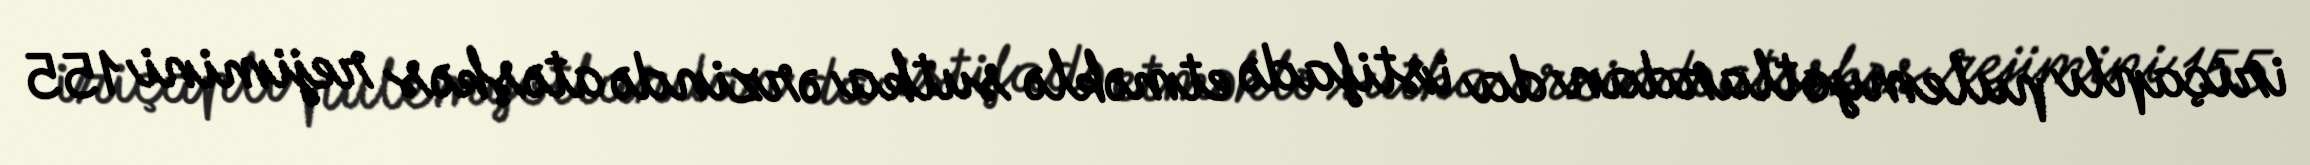
iriçaplı pulemyotlardan da istifadə etməklə sutka ərzində atəşkəs rejimini 155